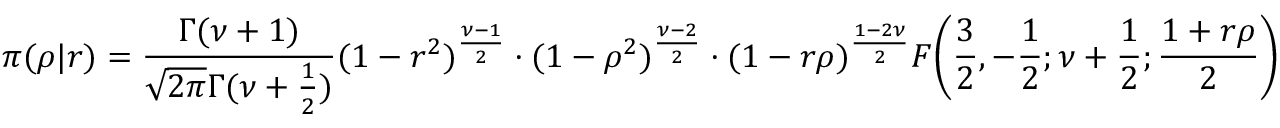
\pi ( \rho | r ) = { \frac { \Gamma ( \nu + 1 ) } { { \sqrt { 2 \pi } } \Gamma ( \nu + { \frac { 1 } { 2 } } ) } } ( 1 - r ^ { 2 } ) ^ { \frac { \nu - 1 } { 2 } } \cdot ( 1 - \rho ^ { 2 } ) ^ { \frac { \nu - 2 } { 2 } } \cdot ( 1 - r \rho ) ^ { \frac { 1 - 2 \nu } { 2 } } F \! \left( { \frac { 3 } { 2 } } , - { \frac { 1 } { 2 } } ; \nu + { \frac { 1 } { 2 } } ; { \frac { 1 + r \rho } { 2 } } \right)